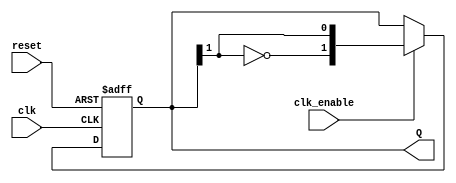
module JohnsonCounter #(
    parameter N = 2 // Default to 2 bits, can be parameterized
)(
    input wire clk,        // Clock input
    input wire reset,      // Asynchronous reset
    input wire clk_enable, // Optional clock enable
    output reg [N-1:0] Q   // Output state of the counter
);

    always @(posedge clk or posedge reset) begin
        if (reset) begin
            Q <= {N{1'b0}}; // Initialize all flip-flops to 0
        end else if (clk_enable) begin
            // Johnson counter state transition
            Q <= {~Q[N-1], Q[N-1:N-1]}; // Shift and invert last flip-flop
        end
    end

endmodule